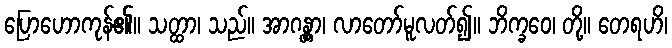
ပြောဟောကုန်၏။ သတ္ထာ၊ သည်။ အာဂန္တွာ၊ လာတော်မူလတ်၍။ ဘိက္ခဝေ၊ တို့။ တေရဟိ၊